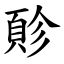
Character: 䪾